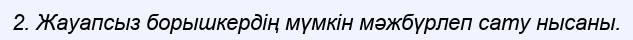
2. Жауапсыз борышкердің мүмкін мәжбүрлеп сату нысаны.